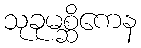
သုခုမစ္ဆိကေန